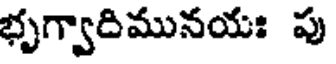
భృగ్వాదిమునయః పు